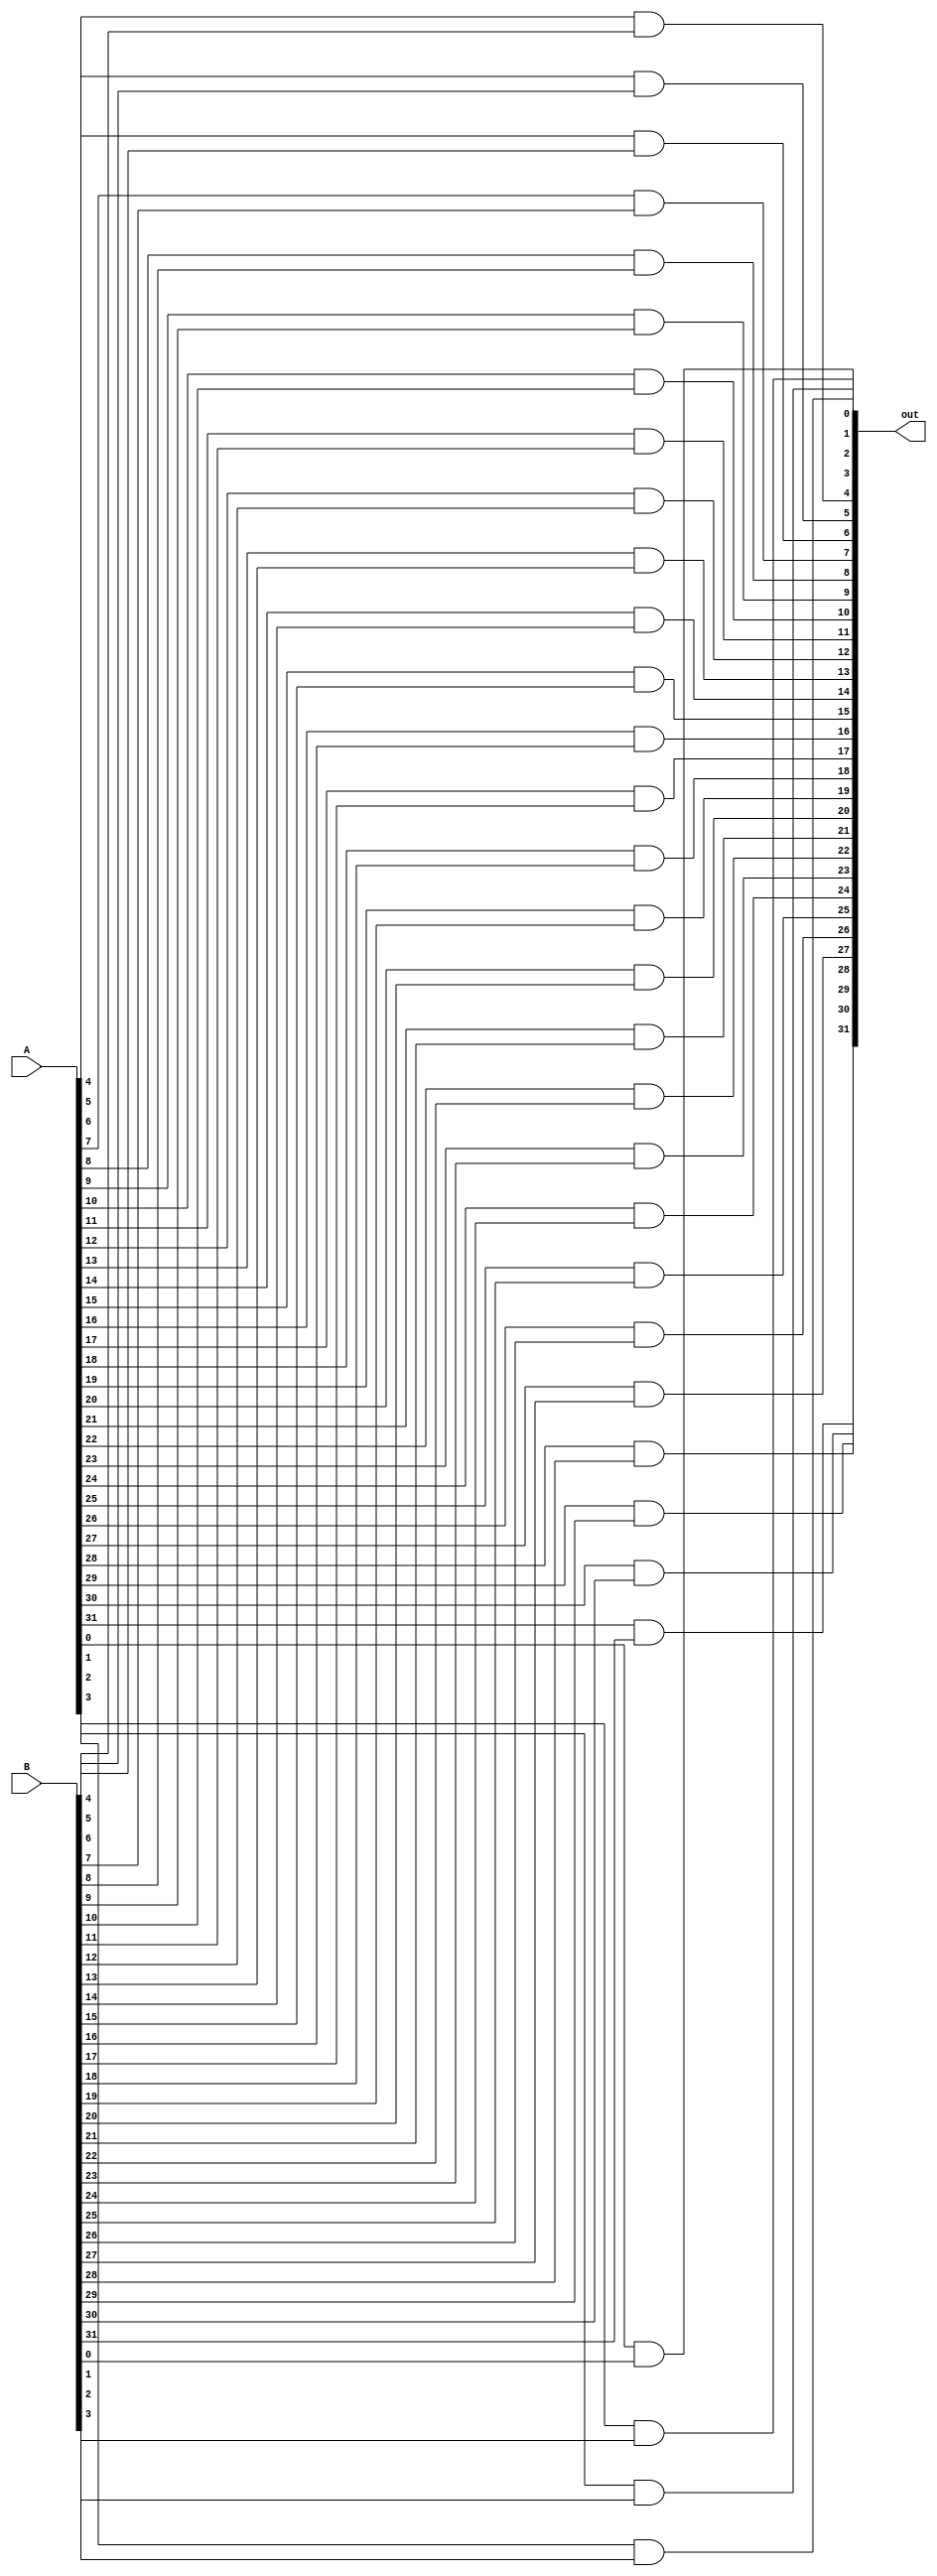
module and_gate(out, A, B); 

    output [31:0] out;
    input [31:0] A, B; 
    
    and AND0(out[0], A[0], B[0]);
    and AND1(out[1], A[1], B[1]);
    and AND2(out[2], A[2], B[2]);
    and AND3(out[3], A[3], B[3]);
    and AND4(out[4], A[4], B[4]);
    and AND5(out[5], A[5], B[5]);
    and AND6(out[6], A[6], B[6]);
    and AND7(out[7], A[7], B[7]);
    and AND8(out[8], A[8], B[8]);
    and AND9(out[9], A[9], B[9]);
    and AND10(out[10], A[10], B[10]);
    and AND11(out[11], A[11], B[11]);
    and AND12(out[12], A[12], B[12]);
    and AND13(out[13], A[13], B[13]);
    and AND14(out[14], A[14], B[14]);
    and AND15(out[15], A[15], B[15]);
    and AND16(out[16], A[16], B[16]);
    and AND17(out[17], A[17], B[17]);
    and AND18(out[18], A[18], B[18]);
    and AND19(out[19], A[19], B[19]);
    and AND20(out[20], A[20], B[20]);
    and AND21(out[21], A[21], B[21]);
    and AND22(out[22], A[22], B[22]);
    and AND23(out[23], A[23], B[23]);
    and AND24(out[24], A[24], B[24]);
    and AND25(out[25], A[25], B[25]);
    and AND26(out[26], A[26], B[26]);
    and AND27(out[27], A[27], B[27]);
    and AND28(out[28], A[28], B[28]);
    and AND29(out[29], A[29], B[29]);
    and AND30(out[30], A[30], B[30]);
    and AND31(out[31], A[31], B[31]);
endmodule